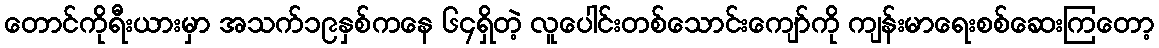
တောင်ကိုရီးယားမှာ အသက်၁၉နှစ်ကနေ ၆၄ရှိတဲ့ လူပေါင်းတစ်သောင်းကျော်ကို ကျန်းမာရေးစစ်ဆေးကြတော့